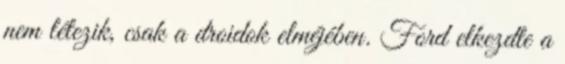
nem létezik, csak a droidok elméjében. Ford elkezdte a